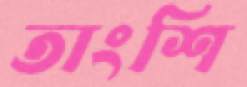
তাংশি